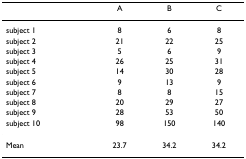
|  | A | B | C |
 | --- | --- | --- | --- |
 | subject 1 | 8 | 6 | 8 |
 | subject 2 | 21 | 22 | 25 |
 | subject 3 | 5 | 6 | 9 |
 | subject 4 | 26 | 25 | 31 |
 | subject 5 | 14 | 30 | 28 |
 | subject 6 | 9 | 13 | 9 |
 | subject 7 | 8 | 8 | 15 |
 | subject 8 | 20 | 29 | 27 |
 | subject 9 | 28 | 53 | 50 |
 | subject 10 | 98 | 150 | 140 |
 | Mean | 23.7 | 34.2 | 34.2 |